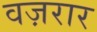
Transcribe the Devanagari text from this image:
वज़रार